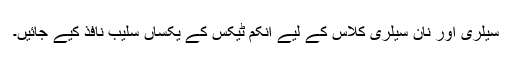
سیلری اور نان سیلری کلاس کے لیے انکم ٹیکس کے یکساں سلیب نافذ کیے جائیں۔